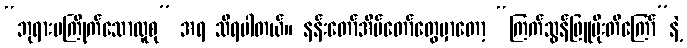
“ဘုရားမကြိုက်သောလူစု” အရ သိရပါတယ်။ နန်းတော်အိမ်တော်တွေမှာတော့ “ကြက်သွန်ဖြူပိုးတီကြော်”နဲ့